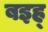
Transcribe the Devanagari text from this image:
बइह्‌